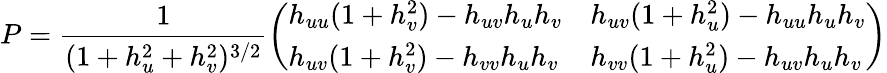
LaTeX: P={\frac{1}{(1+h_{u}^{2}+h_{v}^{2})^{3/2}}}{\left(\begin{array}{ll}{h_{uu}(1+h_{v}^{2})-h_{uv}h_{u}h_{v}}&{h_{uv}(1+h_{u}^{2})-h_{uu}h_{u}h_{v}}\\ {h_{uv}(1+h_{v}^{2})-h_{vv}h_{u}h_{v}}&{h_{vv}(1+h_{u}^{2})-h_{uv}h_{u}h_{v}}\end{array}\right)}